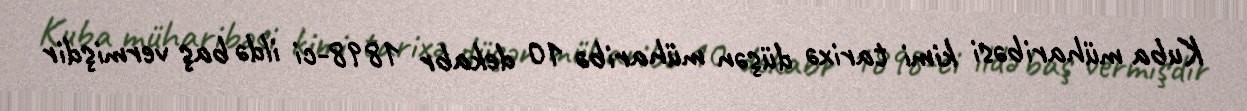
Kuba müharibəsi kimi tarixə düşən müharibə 10 dekabr 1898-ci ildə baş vermişdir